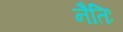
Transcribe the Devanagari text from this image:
नैतिः